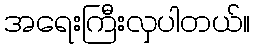
အရေးကြီးလှပါတယ်။